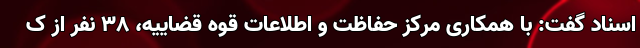
اسناد گفت: با همکاری مرکز حفاظت و اطلاعات قوه قضاییه، ۳۸ نفر از ک